Annual report of the Punjab Veterinary College and of the Civil Veterinary Department, Punjab - 1920-1925
Year: 1920
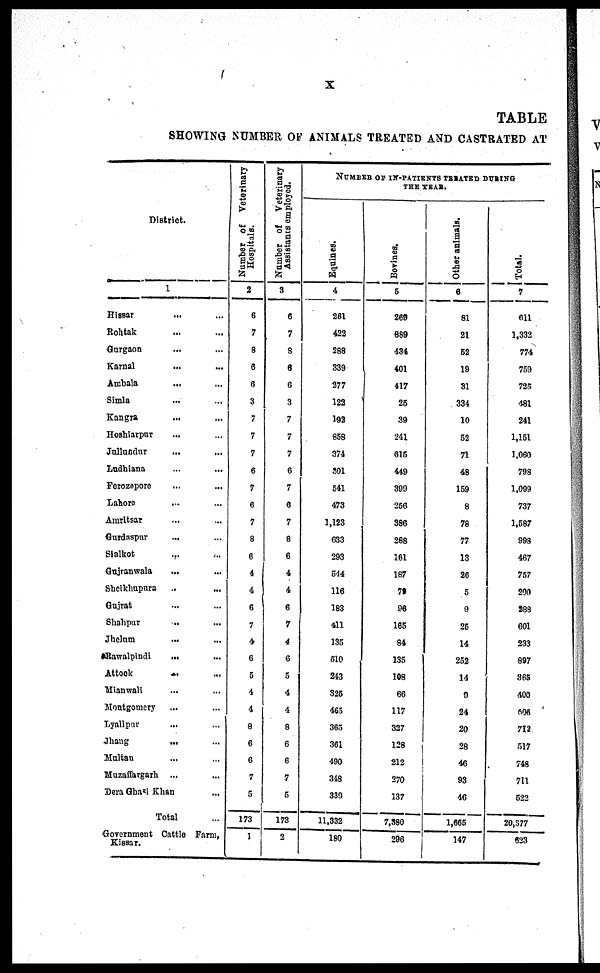
X
TABLE
SHOWI NG NUMBER OF ANI MALS TREATED A N D CASTRATED A T
Di st ri ct .
1
Hi ssar ...
Roht ak ... ...
Gur gaon ... ...
Kar nal ... ... ...
Ambal a ... ... ...
Si ml a
Kangr a ... ... ...
Hoshi ar pur ... ...
Jul l undur .
.
. .
.
.
Ludhi ana ... ...
Fer ozepor e ... ...
Lahore ... ...
Amr i t sar ... ...
Gur das pur ... ...
Si al kot ... ...
Guj r anwal a ... ...
Shei khupur a ... ...
Guj r at ... ... ...
Shahpur .
.
. .
.
.
J hel um ... ...
Rawal pi ndi ... ... ...
At t
ock ... ... ...
Mi anwal i ... ... ...
Mont gomer y ... ... ...
Lyal l
pur ... ... ... ...
Jhang ... ... ... ...
Mul t
an ... ... ...
Muzaf f ar gar h ... ... ...
Der a Ghazi Khan ... ...
Tot al
Gover nment Cat t l e Far m,
Ki ssar .
Number of Veterinary
Hospitals.
2
6
7
8
6
6
3
7
7
7
6
7
6
7
8
6
4
4
6
7
4
6
5
4
4
8
6
6
7
5
173
1
Number of Veterinary
Assistants empl oyed.
3
6
7
8
6
6
3
7
7
7
6
7
6
7
8
6
4
4
6
7
4
6
5
4
4
8
6
6
7
6
173
2
NUMBER OF IN-PATIENTS TREATED DURING
THE YEAR.
Equine s .
4
261
422
288
339
277
122
192
858
374
301
541
473
1, 123
633
293
544
116
183
411
135
510
243
325
465
365
361
490
348
339
11, 332
180
Bovines.
5
269
889
434
401
417
25
39
241
615
449
399
256
386
268
161
187
7
96
165
84
135
108
66
117
327
128
212
270
137
7, 380
296
Other animals.
6
81
21
52
19
31
334
10
52
71
48
159
8
78
77
13
26
5
9
25
14
252
14
9
24
20
28
46
93
46
1, 665
147
Total.
7
611
1, 332
774
759
725
481
241
1, 151
1, 060
798
1, 099
737
1, 587
998
467
757
200
288
601
233
897
365
400
606
712
517
748
711
522
20, 877
623